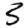
Digit: 3